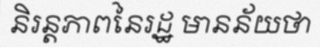
និរន្តភាពនៃរដ្ឋ មានន័យថា